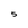
Character: 5